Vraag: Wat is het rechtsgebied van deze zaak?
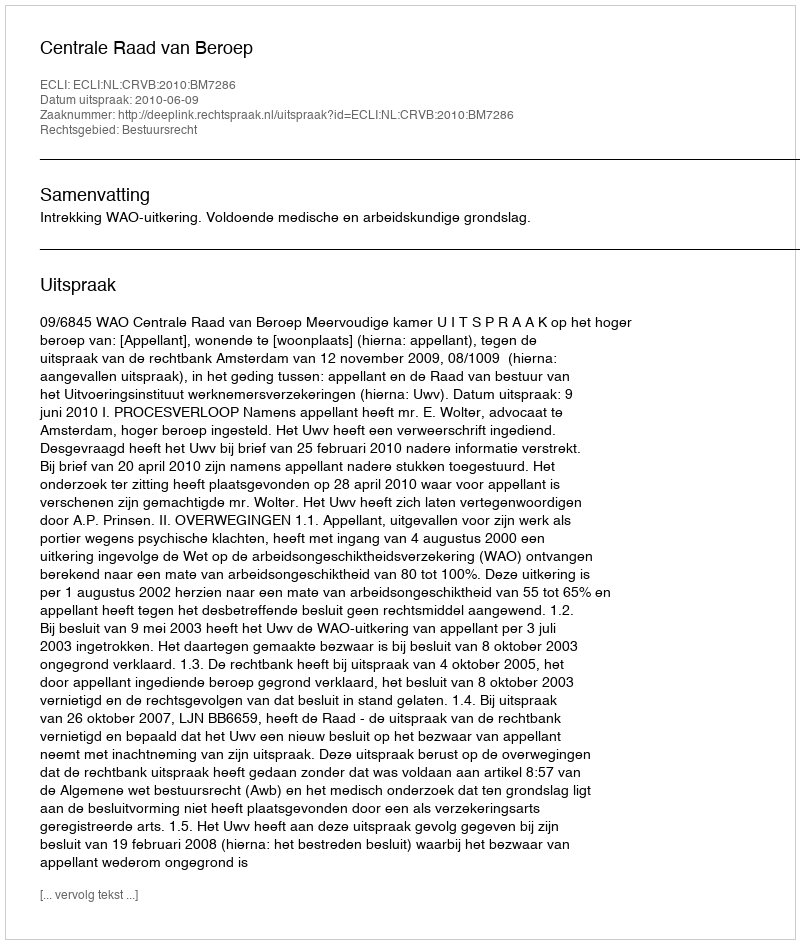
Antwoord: Bestuursrecht